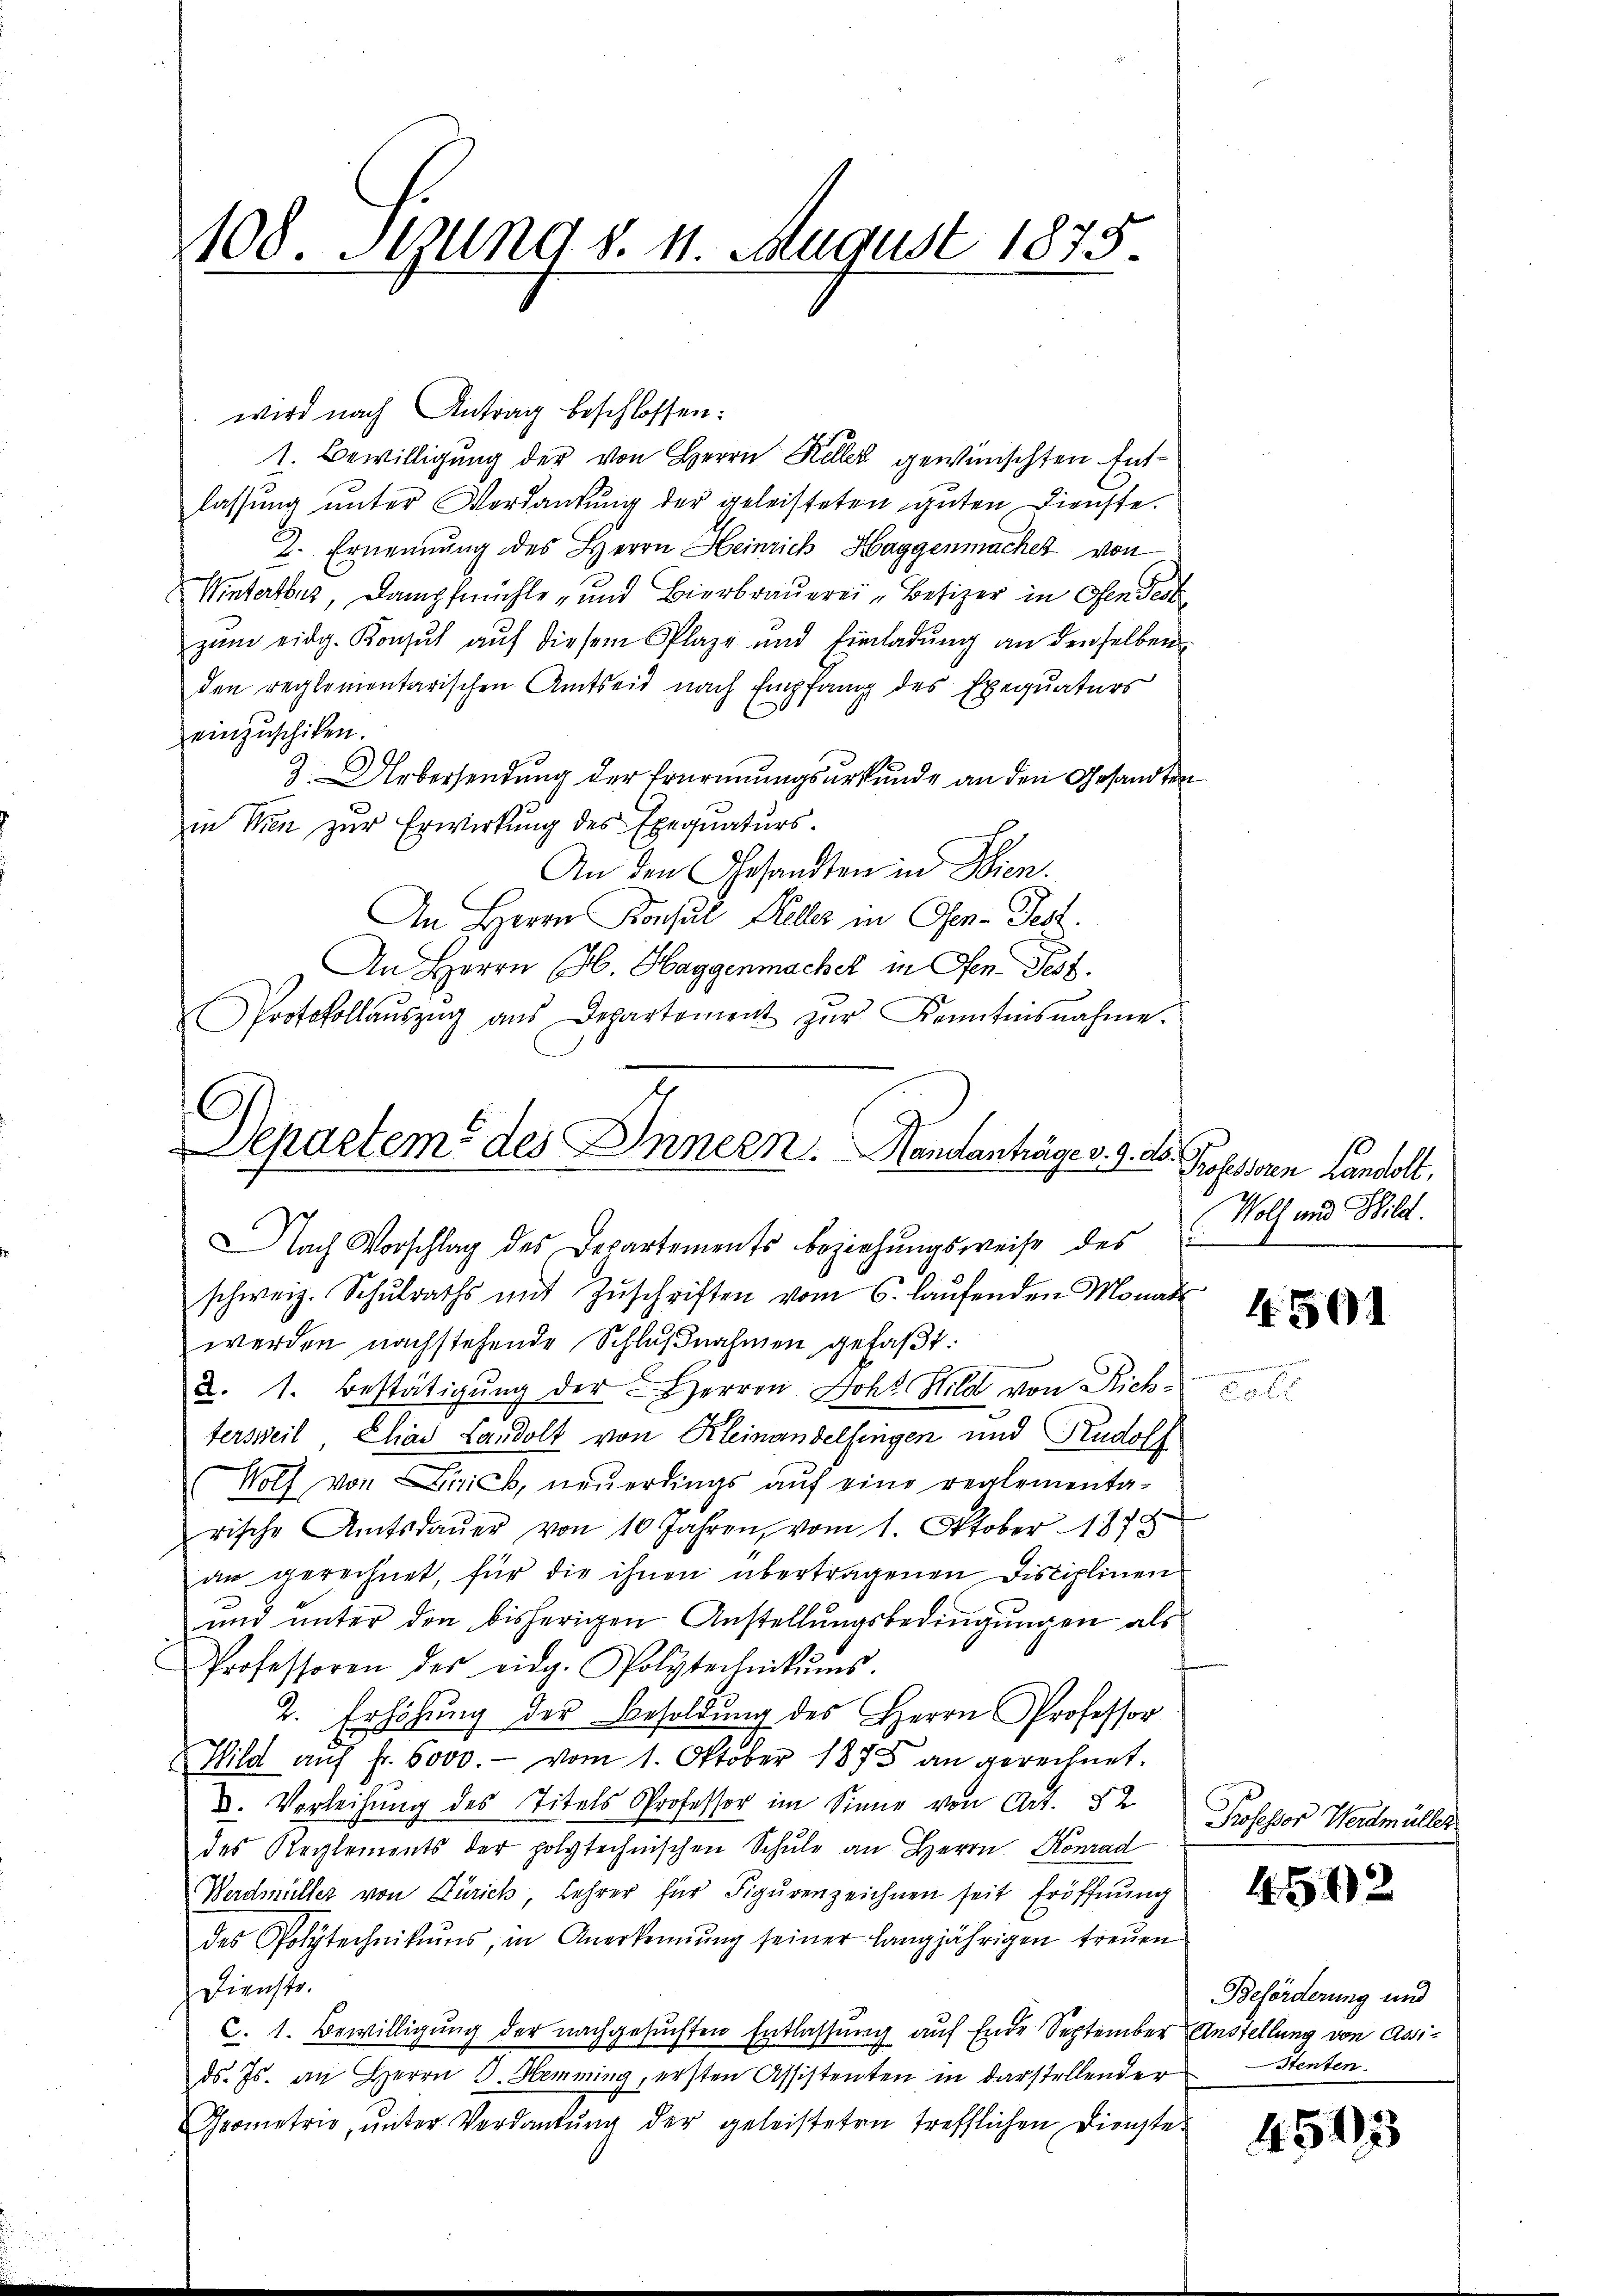
108. Stzung d. 1. August 1875.

wird nach Antrag beschlossen:
1. Bewilligung der von Herrn Keller gewünschten Entlassung unter Verdankung der geleisteten guten Dienste.
2. Ernennung des Herrn Heinrich Haggenmacher von
Winterthur, Dampfmühle und Bierbrauerei „Besizer in Ofen dest
zŭm eidg. Konsul aŭf diesem Plaze und Einladŭng an denselben
den reglementarischen Amtseit nach Empfang des Exequaturs
einzuschiken
J. Uebersendung der Ernennungsurkunde an den Gesandten
in Wien zur Erwirkung des Exequaturs¬
An den Gesandten in Wien.
An Herrn Konsul Heler in Osen-Fest.
An Herrn Ob. Haggenmacher in Ofen. Test.
Protokollaŭszŭg aŭs Departement zŭr Kenntnisnahme.

Separtem des Innern. Handanträge d. 9. d.
Nach Vorschlag des Departements Beziehŭngsweise des

schweiz. Schŭlraths mit Zŭschriften vom 6. laŭfenden Monat
werden nachstehende Schlußnahmen gefaßt:
2. 1. Bestätigŭng der Herren Boht. Hild von Rich
tersweil, Chias Landolt von Kleinandelfingen und Rudolf
Wolf von Zürich, neuerdings auf eine reglementarische Amtsdaŭer von 10 Jahren, vom 1. Oktober 1872
an gerechnet, für die ihnen übertragenen Disciplinen
und unter den bisherigen Anstellungsbedingungen als
Professoren des eidg. Polytechnikŭms.
2. Erhöhung der Besoldung des Herrn Professor
Wild aŭf fr. 6000.- vom 1. Oktober 1875 an gerechnet.
d. Verleihung des Titels Professor im Sinne von Art. 52
des Reglements der polytechnischen Schule an Herrn. Konrad
Werdmüller von Zürich, Lehrer für Figurenzeichnen seit Eröffnung
des Polytechnikums, in Anerkennung seiner langjährigen treuen
Dienste.
C. 1. Bewilligung der nachgesuchten Entlassung auf Ende September Anstellung von Assids. Js. an Herrn J. Hemming, ersten Assistenten in darstellender
Geometrie, ŭnter Verdankŭng der geleisteten trefflichen Dienste-

l

Professoren Landolt,
Voll und Bild.
.

4501

Professor Werdmüller

4592

Beförderung und
Stenten.

4513